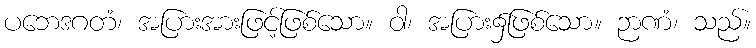
ပဘေဒဂတံ၊ အပြားအားဖြင့်ဖြစ်သော။ ဝါ၊ အပြား၌ဖြစ်သော။ ဉာဏံ၊ သည်။